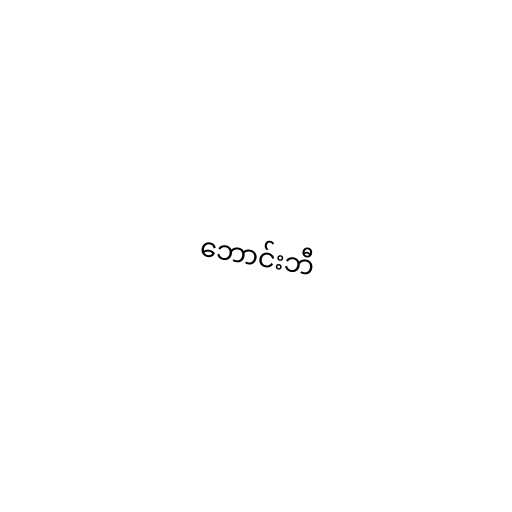
ဘောင်းဘီ